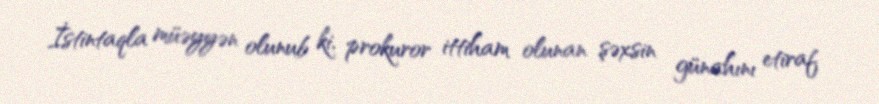
İstintaqla müəyyən olunub ki, prokuror ittiham olunan şəxsin günahını etiraf